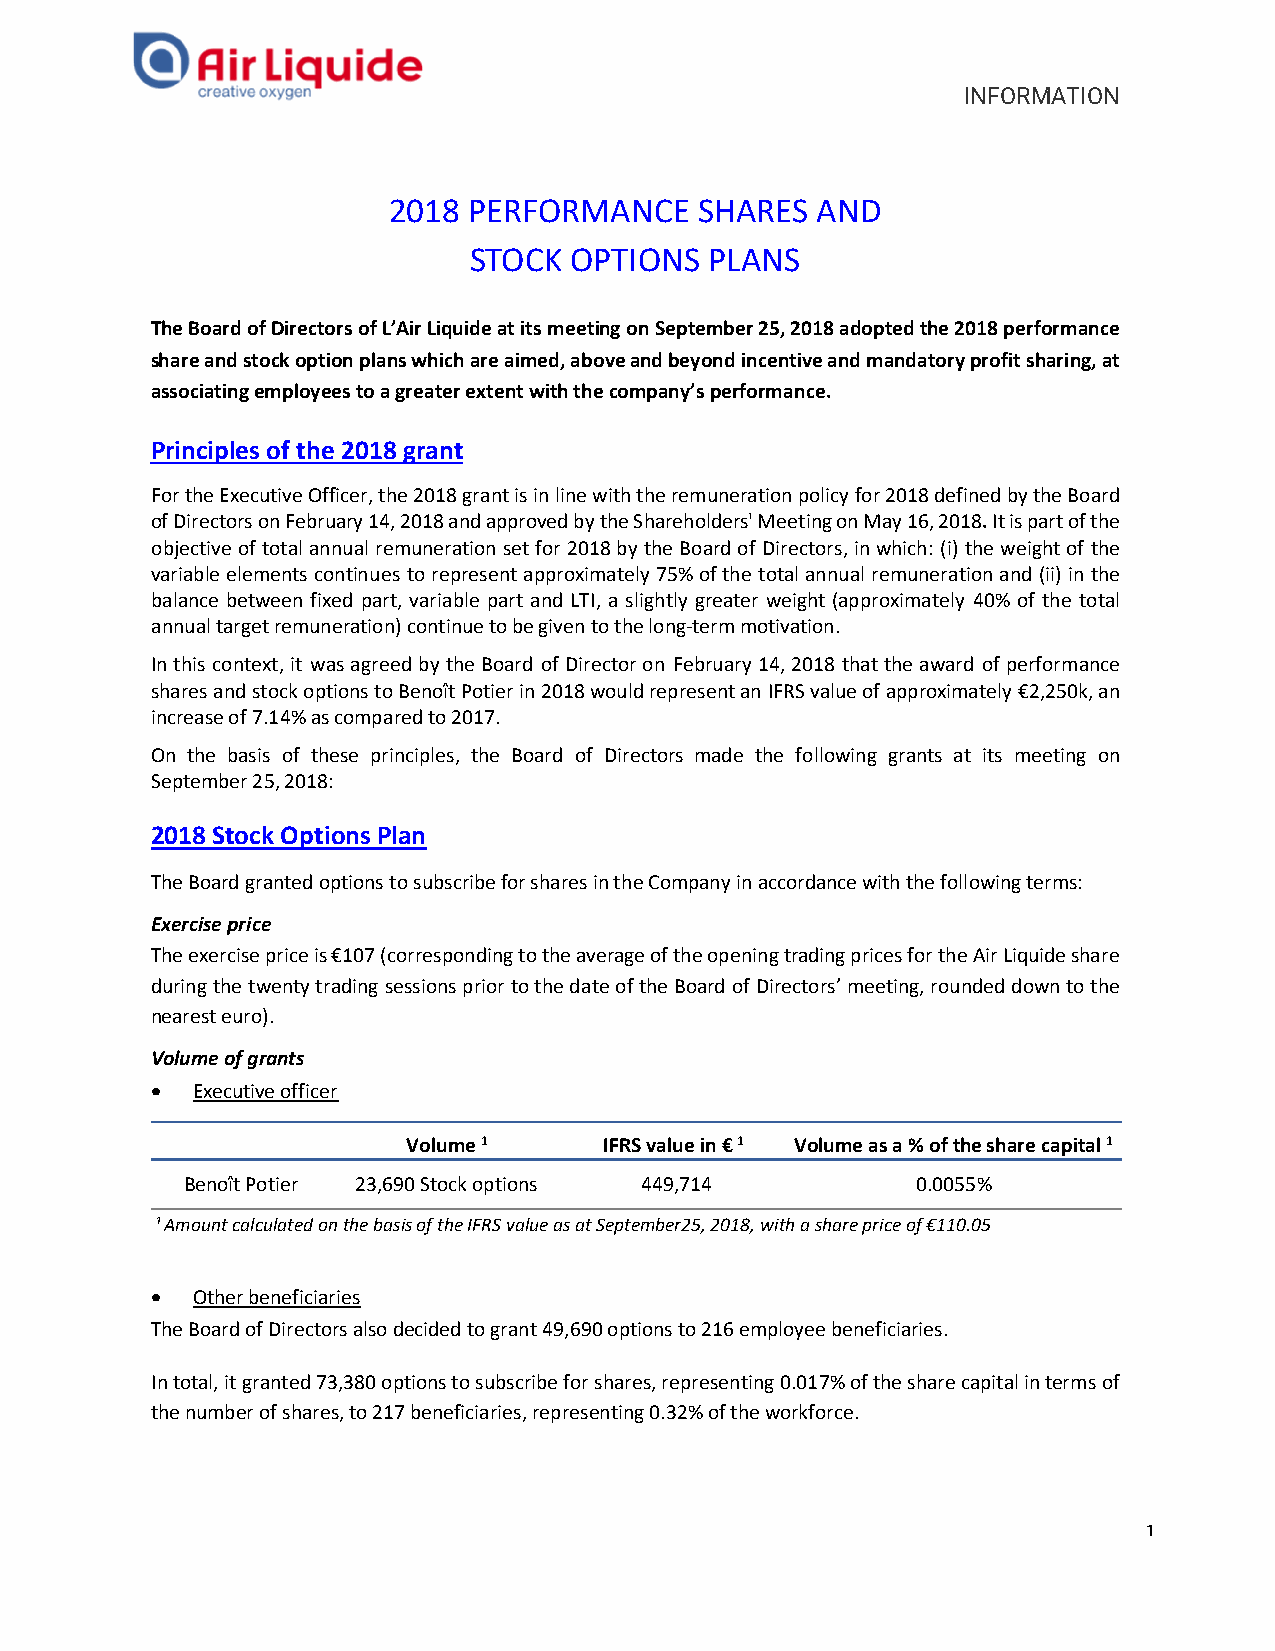
INFORMATION
 2018 PERFORMANCE    SHARES  AND
 STOCK  OPTIONS  PLANS
 The Board of Directors of L’Air Liquide at its meeting on September 25, 2018 adopted the 2018 performance
 share and stock option plans which are aimed, above and beyond incentive and mandatory profit sharing, at
 associating employees to a greater extent with the company’s performance.
 Principles of the 2018 grant
 For the Executive Officer, the 2018 grant is in line with the remuneration policy for 2018 defined by the Board
 of Directors on February 14, 2018 and approved by the Shareholders' Meeting on May 16, 2018. It is part of the
 objective of total annual remuneration set for 2018 by the Board of Directors, in which: (i) the weight of the
 variable elements continues to represent approximately 75% of the total annual remuneration and (ii) in the
 balance between fixed part, variable part and LTI, a slightly greater weight (approximately 40% of the total
 annual target remuneration) continue to be given to the long-term motivation.
 In this context, it was agreed by the Board of Director on February 14, 2018 that the award of performance
 shares and stock options to Benoît Potier in 2018 would represent an IFRS value of approximately €2,250k, an
 increase of 7.14% as compared to 2017.
 On the basis of these principles, the Board of Directors made the following grants at its meeting on
 September 25, 2018:
 2018 Stock Options Plan
 The Board granted options to subscribe for shares in the Company in accordance with the following terms:
 Exercise price
 The exercise price is €107 (corresponding to the average of the opening trading prices for the Air Liquide share
 during the twenty trading sessions prior to the date of the Board of Directors’ meeting, rounded down to the
 nearest euro).
 Volume of grants
 •  Executive officer
 Volume 1     IFRS value in € 1 Volume as a % of the share capital 1
 Benoît Potier 23,690 Stock options 449,714       0.0055%
 ¹ Amount calculated on the basis of the IFRS value as at September25, 2018, with a share price of €110.05
 •  Other beneficiaries
 The Board of Directors also decided to grant 49,690 options to 216 employee beneficiaries.
 In total, it granted 73,380 options to subscribe for shares, representing 0.017% of the share capital in terms of
 the number of shares, to 217 beneficiaries, representing 0.32% of the workforce.
 1